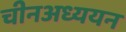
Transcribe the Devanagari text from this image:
चीनअध्ययन